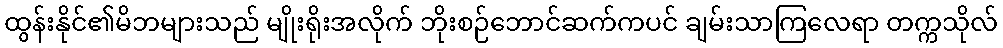
ထွန်းနိုင်၏မိဘများသည် မျိုးရိုးအလိုက် ဘိုးစဉ်ဘောင်ဆက်ကပင် ချမ်းသာကြလေရာ တက္ကသိုလ်